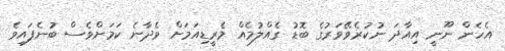
އެހެން ނޫނީ އިއާދަ ނުކުރެވޭވަރުގެ ބޮޑު ގެއްލުމެއް މެރީޑިއަމަށް ވެދާނެ ކަމަށްވެސް ބުނެފައިވެ